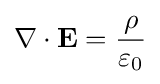
\nabla \cdot \mathbf {E} ={\frac {\rho }{\varepsilon _{0}}}